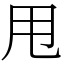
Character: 甩